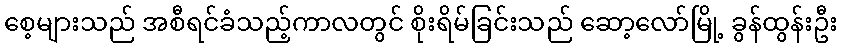
စေ့များသည် အစီရင်ခံသည့်ကာလတွင် စိုးရိမ်ခြင်းသည် ဆော့လော်မြို့ ခွန်ထွန်းဦး